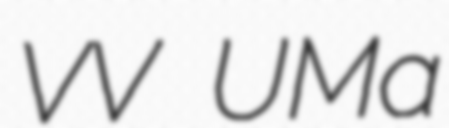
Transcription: VV UMa